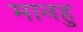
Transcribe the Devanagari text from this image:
मानहु